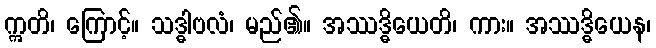
ဣတိ၊ ကြောင့်။ သဒ္ဓါဗလံ၊ မည်၏။ အဿဒ္ဓိယေတိ၊ ကား။ အဿဒ္ဓိယေန၊